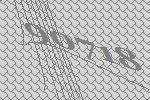
90718